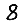
Digit: 8